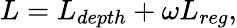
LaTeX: L=L_{depth}+\omega L_{reg},